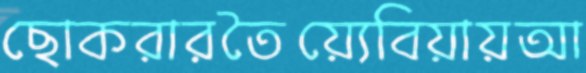
ছোকরারতৈয়্যেবিয়ায়আ